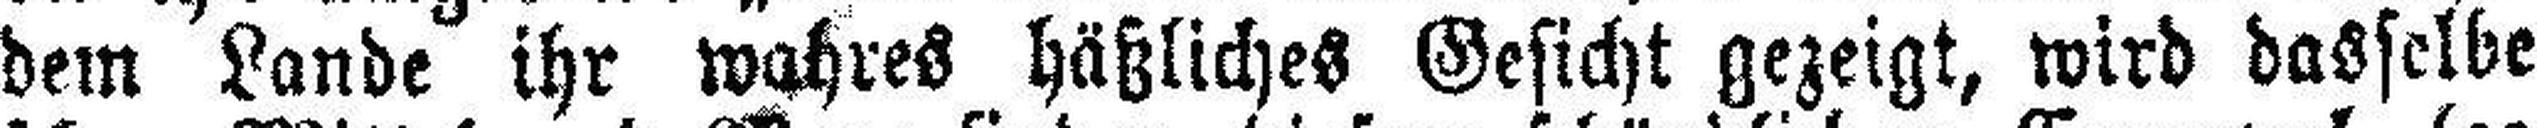
dem Lande ihr wahres häßliches Gesicht gezeigt, wird dasselbe